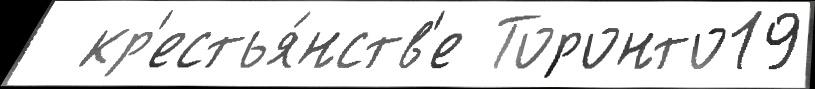
  кр'естья́нств'е Торонто19